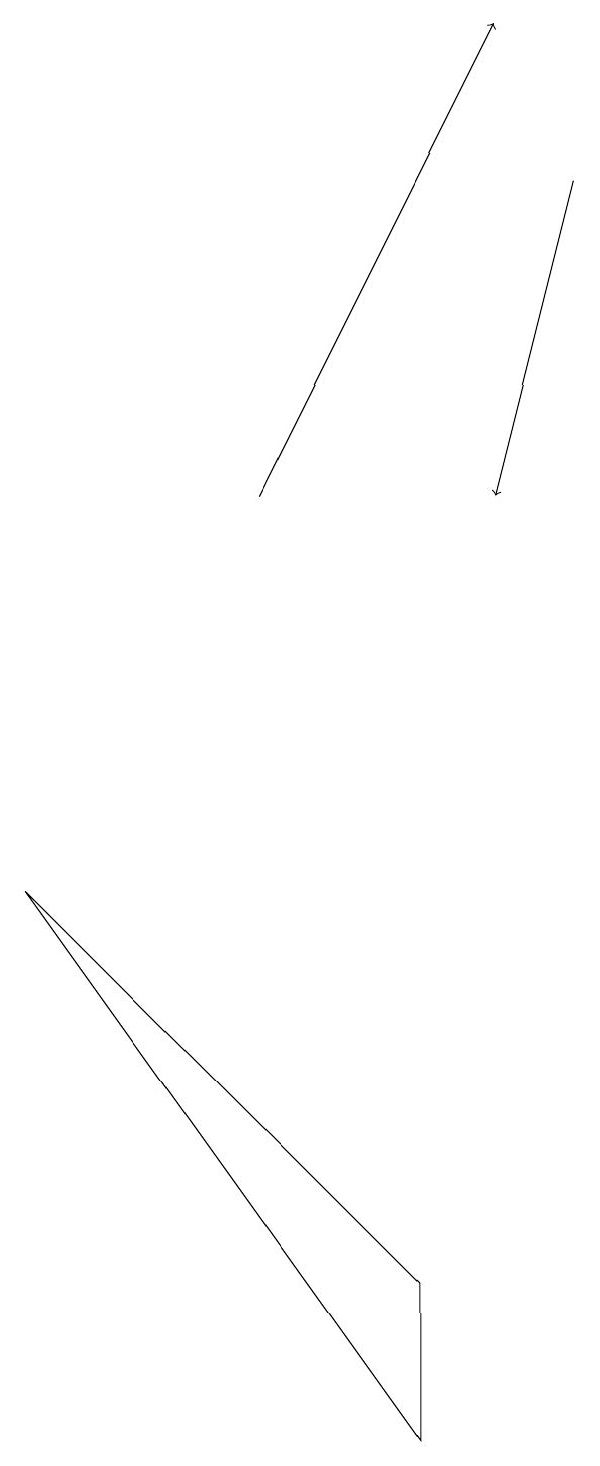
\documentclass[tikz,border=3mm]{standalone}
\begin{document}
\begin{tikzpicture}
\draw (5,3) -- (0,8) -- (5,1) -- cycle;
\draw[->] (3,13) -- (6,19);
\draw[->] (7,17) -- (6,13);
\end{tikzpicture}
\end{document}